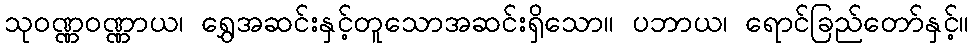
သုဝဏ္ဏဝဏ္ဏာယ၊ ရွှေအဆင်းနှင့်တူသောအဆင်းရှိသော။ ပဘာယ၊ ရောင်ခြည်တော်နှင့်။